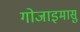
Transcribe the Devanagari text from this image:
गोजाइमासु